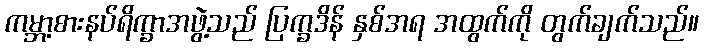
ကမ္ဘာ့စားနပ်ရိက္ခာအဖွဲ့သည် ပြက္ခဒိန် နှစ်အရ အထွက်ကို တွက်ချက်သည်။